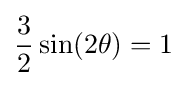
{\frac {3}{2}}\sin(2\theta )=1